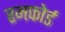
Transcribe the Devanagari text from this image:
रमफोर्ड